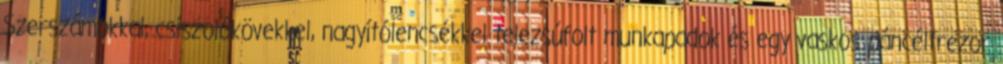
Szerszámokkal, csiszolókövekkel, nagyítólencsékkel telezsúfolt munkapadok és egy vaskos páncéltrezor